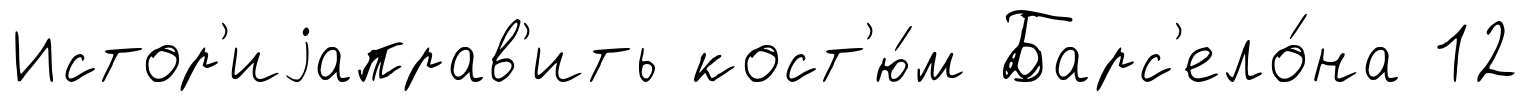
Истор'иjаправ'ить кост'ю́м Барс'ело́на 12